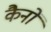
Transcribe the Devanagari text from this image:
कैनों